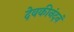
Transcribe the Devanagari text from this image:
देवकीनंदनं